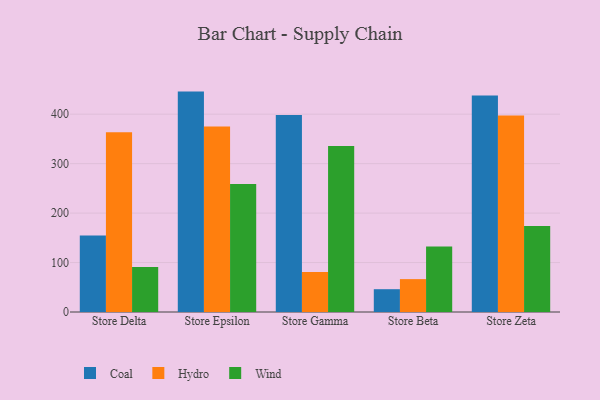
{"axis": {"x": "Store", "y": "Operating Costs (USD K)"}, "legend": ["Coal", "Hydro", "Wind"], "data": [{"x": "Store Delta", "y": 154.7, "type": "Coal"}, {"x": "Store Delta", "y": 363.4, "type": "Hydro"}, {"x": "Store Delta", "y": 90.9, "type": "Wind"}, {"x": "Store Epsilon", "y": 445.7, "type": "Coal"}, {"x": "Store Epsilon", "y": 375.1, "type": "Hydro"}, {"x": "Store Epsilon", "y": 258.8, "type": "Wind"}, {"x": "Store Gamma", "y": 398.6, "type": "Coal"}, {"x": "Store Gamma", "y": 80.9, "type": "Hydro"}, {"x": "Store Gamma", "y": 335.5, "type": "Wind"}, {"x": "Store Beta", "y": 46.1, "type": "Coal"}, {"x": "Store Beta", "y": 66.5, "type": "Hydro"}, {"x": "Store Beta", "y": 132.4, "type": "Wind"}, {"x": "Store Zeta", "y": 437.8, "type": "Coal"}, {"x": "Store Zeta", "y": 397.2, "type": "Hydro"}, {"x": "Store Zeta", "y": 173.7, "type": "Wind"}]}